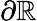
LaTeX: \partial\mathbb{R}